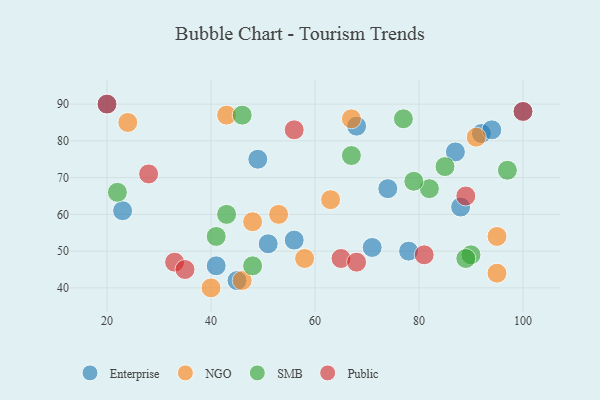
{"axis": {"x": "GDP", "y": "Life Expectancy"}, "legend": ["Enterprise", "NGO", "Public", "SMB"], "data": [{"x": "100", "y": 88, "type": "Enterprise"}, {"x": "71", "y": 51, "type": "Enterprise"}, {"x": "51", "y": 52, "type": "Enterprise"}, {"x": "68", "y": 84, "type": "Enterprise"}, {"x": "92", "y": 82, "type": "Enterprise"}, {"x": "23", "y": 61, "type": "Enterprise"}, {"x": "45", "y": 42, "type": "Enterprise"}, {"x": "41", "y": 46, "type": "Enterprise"}, {"x": "74", "y": 67, "type": "Enterprise"}, {"x": "49", "y": 75, "type": "Enterprise"}, {"x": "94", "y": 83, "type": "Enterprise"}, {"x": "88", "y": 62, "type": "Enterprise"}, {"x": "56", "y": 53, "type": "Enterprise"}, {"x": "20", "y": 90, "type": "Enterprise"}, {"x": "78", "y": 50, "type": "Enterprise"}, {"x": "87", "y": 77, "type": "Enterprise"}, {"x": "48", "y": 58, "type": "NGO"}, {"x": "95", "y": 44, "type": "NGO"}, {"x": "91", "y": 81, "type": "NGO"}, {"x": "63", "y": 64, "type": "NGO"}, {"x": "43", "y": 87, "type": "NGO"}, {"x": "58", "y": 48, "type": "NGO"}, {"x": "46", "y": 42, "type": "NGO"}, {"x": "53", "y": 60, "type": "NGO"}, {"x": "24", "y": 85, "type": "NGO"}, {"x": "40", "y": 40, "type": "NGO"}, {"x": "95", "y": 54, "type": "NGO"}, {"x": "67", "y": 86, "type": "NGO"}, {"x": "67", "y": 76, "type": "SMB"}, {"x": "85", "y": 73, "type": "SMB"}, {"x": "82", "y": 67, "type": "SMB"}, {"x": "46", "y": 87, "type": "SMB"}, {"x": "41", "y": 54, "type": "SMB"}, {"x": "77", "y": 86, "type": "SMB"}, {"x": "90", "y": 49, "type": "SMB"}, {"x": "89", "y": 48, "type": "SMB"}, {"x": "48", "y": 46, "type": "SMB"}, {"x": "22", "y": 66, "type": "SMB"}, {"x": "79", "y": 69, "type": "SMB"}, {"x": "43", "y": 60, "type": "SMB"}, {"x": "97", "y": 72, "type": "SMB"}, {"x": "28", "y": 71, "type": "Public"}, {"x": "89", "y": 65, "type": "Public"}, {"x": "33", "y": 47, "type": "Public"}, {"x": "100", "y": 88, "type": "Public"}, {"x": "65", "y": 48, "type": "Public"}, {"x": "81", "y": 49, "type": "Public"}, {"x": "68", "y": 47, "type": "Public"}, {"x": "20", "y": 90, "type": "Public"}, {"x": "56", "y": 83, "type": "Public"}, {"x": "35", "y": 45, "type": "Public"}]}